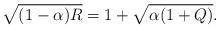
LaTeX: \begin{align*}\sqrt{(1-\alpha)R}=1+\sqrt{\alpha(1+Q)}.\end{align*}